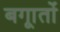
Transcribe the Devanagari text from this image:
बगाूतों